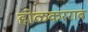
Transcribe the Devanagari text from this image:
होळकरराव